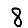
Digit: 8